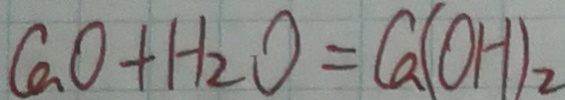
C a O + H _ { 2 } O = C a ( O H ) _ { 2 }